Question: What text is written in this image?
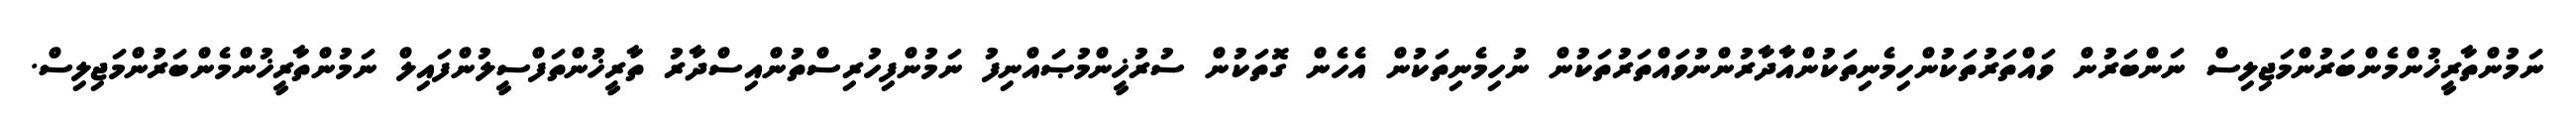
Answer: ނަމުންތާރީޚުންމެންބަރުންމަޖިލިސް ނަންބަރުން ވައްތަރުތަކުންހިމެނިތަކުންއާދާރުންނުވައްތަރުތަކުން ނުހިމެނިތަކުން އެހެން ގޮތަކުން ސުރުޚީންމުޞައްނިފު ނަމުންފިހުރިސްތުންއިސްދާރު ތާރީޚުންތަފްސީލުންފައިލް ނަމުންތާރީޚުންމެންބަރުންމަޖިލިސް.